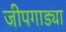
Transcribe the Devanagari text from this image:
जीपगाड्या